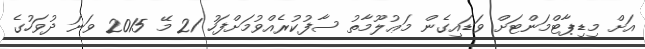
އަށް މިޑިޕާޓްމަންޓަށް ވަޑައިގެން މަޢުލޫމާތު ސާފުކުރެއްވުމަށްފަހު 21 މޭ 2015 ވަނަ ދުވަހުގެ